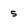
Character: 5